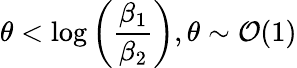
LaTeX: \theta<\log{\left(\frac{\beta_{1}}{\beta_{2}}\right)},\theta\sim\mathcal{O}(1)